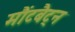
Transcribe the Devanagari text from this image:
मौंटबैट्न